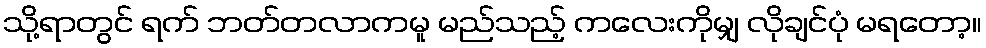
သို့ရာတွင် ရက် ဘတ်တလာကမူ မည်သည့် ကလေးကိုမျှ လိုချင်ပုံ မရတော့။